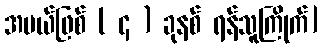
အပယ်ဖြစ် ( ၄ ) ခုနစ် ရန်သူကြိုက်]